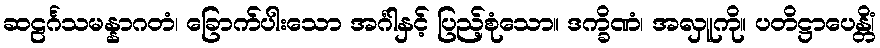
ဆဠင်္ဂသမန္နာဂတံ၊ ခြောက်ပါးသော အင်္ဂါနှင့် ပြည့်စုံသော။ ဒက္ခိဏံ၊ အလှူကို။ ပတိဋ္ဌာပေန္တိံ၊